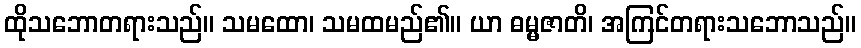
ထိုသဘောတရားသည်။ သမထော၊ သမထမည်၏။ ယာ ဓမ္မဇာတိ၊ အကြင်တရားသဘောသည်။